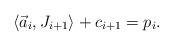
LaTeX: \begin{align*} \langle\vec{a}_i, J_{i+1}\rangle + c_{i+1} = p_i.\end{align*}